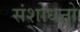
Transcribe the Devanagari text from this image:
संशोधनो